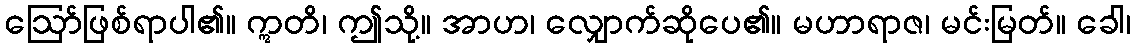
ဩော်ဖြစ်ရာပါ၏။ ဣတိ၊ ဤသို့။ အာဟ၊ လျှောက်ဆိုပေ၏။ မဟာရာဇ၊ မင်းမြတ်။ ခေါ၊